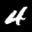
Digit: 4